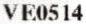
VE0514